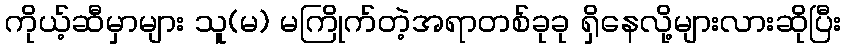
ကိုယ့်ဆီမှာများ သူ(မ) မကြိုက်တဲ့အရာတစ်ခုခု ရှိနေလို့များလားဆိုပြီး